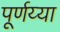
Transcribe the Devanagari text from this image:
पूर्णय्या